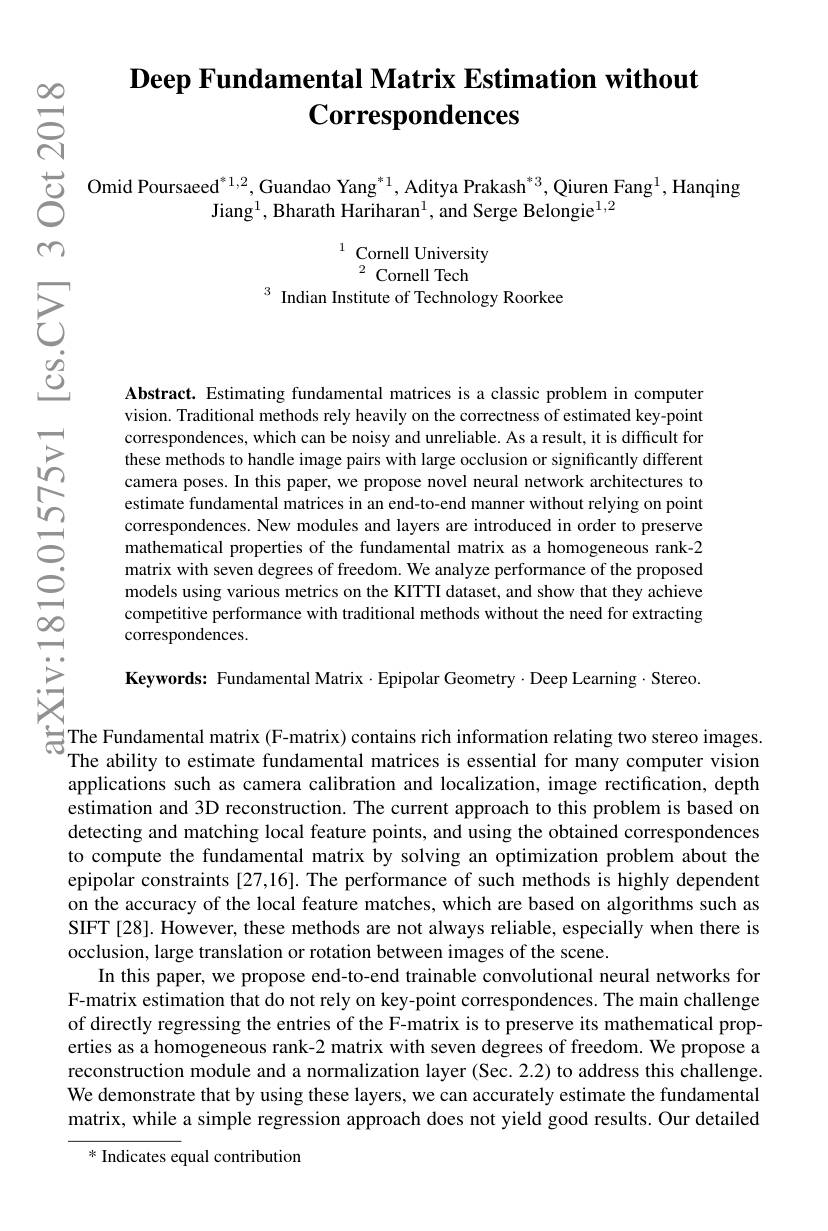
## Deep Fundamental Matrix Estimation without $\textbf{Correspondences}$

$స్సి$

$\begin{array}{cc}\text{艾}&\text{Omid Poursaeed}^{*1,2},\text{Guandao Yang}^{*1},\text{Aditya Prakash}^{*3},\text{Qiuren Fang}^{1},\text{Hanqing}\end{array}$
Jiang$^1$,Bharath Hariharan$^1$,and Serge Belongie$^1,2$

O

m

$\begin{array}{cc}1&\text{Cornell University}\\&2&\text{Cornell Tech}\end{array}$
$^3$ Indian Institute of Technology Roorkee

$\Xi$

$పై$

$\Xi$

$w$

八

Abstract. Estimating fundamental matrices is a classic problem in computer vision. Traditional methods rely heavily on the correctness of estimated key-point correspondences, which can be noisy and unreliable. As a result, it is difficult fon these methods to handle image pairs with large occlusion or significantly different camera poses. In this paper, we propose novel neural network architectures to estimate fundamental matrices in an end-to-end manner without relying on point correspondences. New modules and layers are introduced in order to preserve mathematical properties of the fundamental matrix as a homogeneous rank-2 matrix with seven degrees of freedom. We analyze performance of the proposed models using various metrics on the KITTI dataset, and show that they achieve competitive performance with traditional methods without the need for extracting correspondences.

in

一

O.

O

-

$\infty0$

一

Keywords: Fundamental Matrix·Epipolar Geometry·Deep Learning·Stereo.

家

总 The Fundamental matrix ( F- matrix) contains rich information relating two stereo images
The ability to estimate fundamental matrices is essential for many computer vision applications such as camera calibration and localization, image rectification, depth estimation and 3D reconstruction. The current approach to this problem is based on detecting and matching local feature points, and using the obtained correspondences to compute the fundamental matrix by solving an optimization problem about the epipolar constraints [27,16]. The performance of such methods is highly dependent on the accuracy of the local feature matches, which are based on algorithms such as SIFT[28]. However, these methods are not always reliable, especially when there is occlusion, large translation or rotation between images of the scene.
In this paper, we propose end-to-end trainable convolutional neural networks for F-matrix estimation that do not rely on key-point correspondences. The main challenge of directly regressing the entries of the F-matrix is to preserve its mathematical properties as a homogeneous rank-2 matrix with seven degrees of freedom. We propose a reconstruction module and a normalization layer (Sec.2.2) to address this challenge We demonstrate that by using these layers, we can accurately estimate the fundamental matrix, while a simple regression approach does not yield good results. Our detailed $^*$ Indicates equal contribution